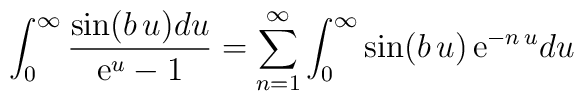
\int_0^\infty {\sin(b\, u) du\over {\rm e}^u - 1} =\sum_{n=1}^\infty\int_0^\infty \sin(b\, u)\, {\rm e}^{-n\, u} du